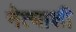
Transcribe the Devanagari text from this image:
नेत्याशी